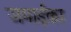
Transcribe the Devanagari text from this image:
जमाईका